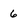
Character: 6